Report on vaccination for the Province of Oudh 1871 -
Year: 1871
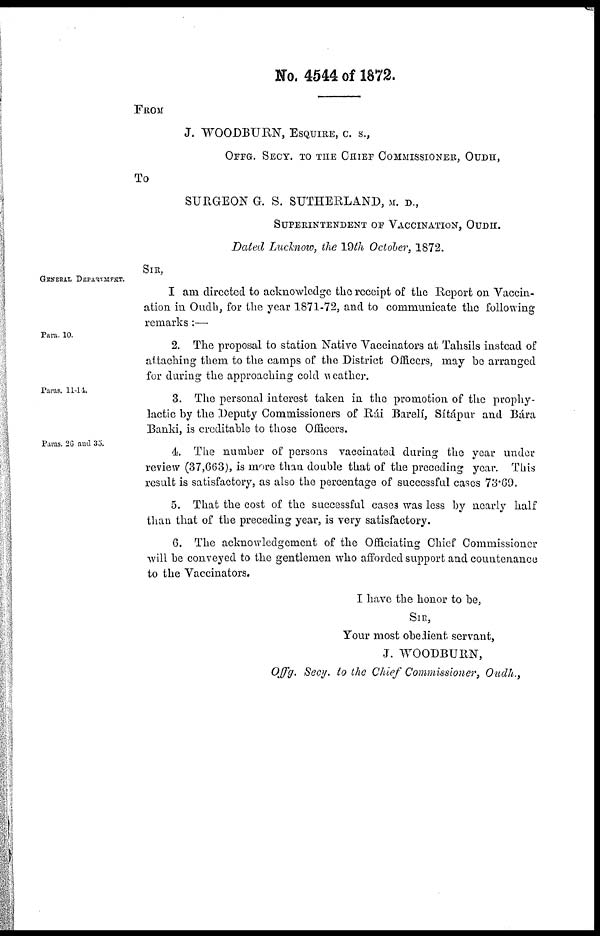
No. 4544 of 1872.
FROM
J. WOODBURN, ESQUIRE, C. S.,
OFFG. SECY. TO THE CHIEF COMMISSIONER, OUDH,
To
SURGEON G. S. SUTHERLAND, M. D.,
SUPERINTENDENT OF VACCINATION, OUDH.
Dated Lucknow, the 19th October, 1872.
GENERAL DEPARTMENT.
SIR,
I am directed to acknowledge the receipt of the Report on Vaccin-
ation in Oudh, for the year 1871-72, and to communicate the following
remarks :—
Para. 10.
2. The proposal to station Native Vaccinators at Tahsils instead of
attaching them to the camps of the District Officers, may be arranged
for during the approaching cold weather.
Paras. 11-14.
3. The personal interest taken in the promotion of the prophy-
lactic by the Deputy Commissioners of Rái Barelí, Sítápur and Bára
Banki, is creditable to those Officers.
Paras. 26 and 35.
4. The number of persons vaccinated during the year under
review (37,663), is more than double that of the preceding year. This
result is satisfactory, as also the percentage of successful cases 73.69.
5. That the cost of the successful cases was less by nearly half
than that of the preceding year, is very satisfactory.
6. The acknowledgement of the Officiating Chief Commissioner
will be conveyed to the gentlemen who afforded support and countenance
to the Vaccinators.
I have the honor to be,
SIR,
Your most obedient servant,
J. WOODBURN,
Offg. Secy. to the Chief Commissioner, Oudh.,